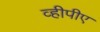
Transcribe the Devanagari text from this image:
व्हीपीए